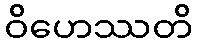
ဝိဟေဿတိ